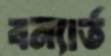
বন্যার্ত